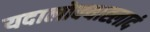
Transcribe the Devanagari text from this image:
यदालोक्याह्लादं